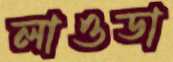
লাওডা